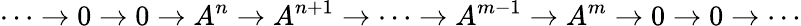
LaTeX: \cdots\to 0\to 0\to A^{n}\to A^{n+1}\to\cdots\to A^{m-1}\to A^{m}\to 0\to 0\to\cdots